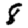
Digit: 8